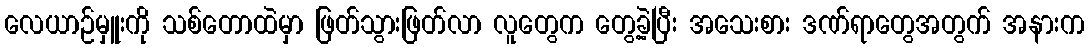
လေယာဉ်မှူးကို သစ်တောထဲမှာ ဖြတ်သွားဖြတ်လာ လူတွေက တွေ့ခဲ့ပြီး အသေးစား ဒဏ်ရာတွေအတွက် အနားက